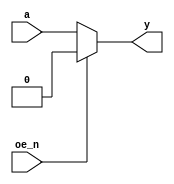
`timescale 1ns/1ps
`default_nettype none

module tri_buf(y, a, oe_n);
    parameter delay = 13;
    input wire a;
    input wire oe_n;
    output wire y;

    assign y = (oe_n == 1'b0) ? a : 1'b0;
endmodule
`default_nettype wire